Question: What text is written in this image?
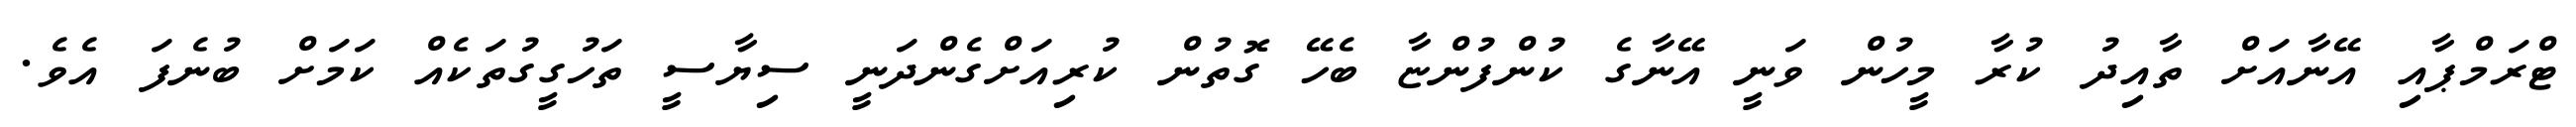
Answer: ޓްރަމްޕާއި އޭނާއަށް ތާއިދު ކުރާ މީހުން ވަނީ އޭނާގެ ކުންފުންޏާ ބެހޭ ގޮތުން ކުރިއަށްގެންދަނީ ސިޔާސީ ތަހުގީގުތަކެއް ކަމަށް ބުނެފަ އެވެ.